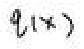
\(q(x)\)